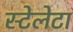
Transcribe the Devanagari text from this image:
स्टेलेटा